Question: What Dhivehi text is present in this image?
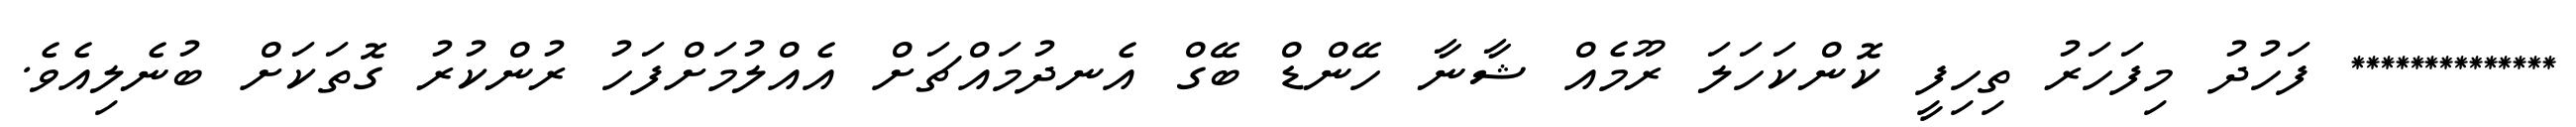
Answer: ************** ފަހުދު މިފަހަރު ތިހިފީ ކޮންކަހަލަ ރޫމެއް ޝާނާ ހޭންޑް ބޭގް އެނދުމައްޗަށް އެއްލުމަށްފަހު ރުންކުރު ގޮތަކަށް ބުނެލިއެވެ.